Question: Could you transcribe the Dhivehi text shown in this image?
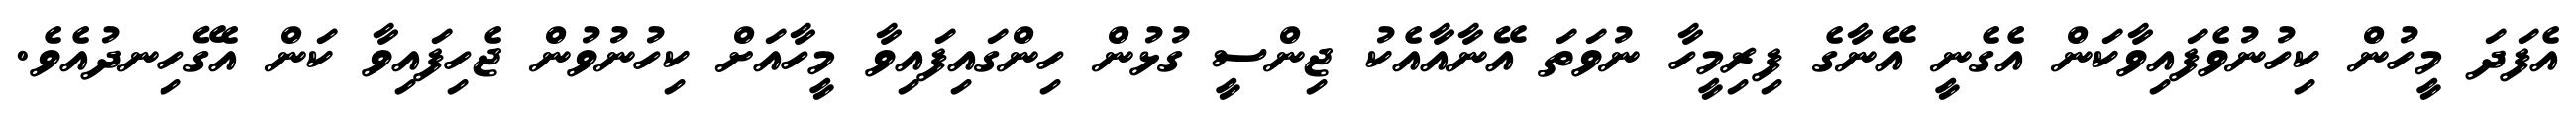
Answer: އެފަދަ މީހުން ކިހުނުވެފައިވާކަން އެގެނީ އޭނާގެ ފިރިމީހާ ނުވަތަ އޭނާއާއެކު ޖިންސީ ގުޅުން ހިންގައިފައިވާ މީހާއަށް ކިހުނުވުން ޖެހިފައިވާ ކަން އެގޭހިނދުއެވެ.